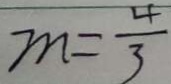
m = \frac { 4 } { 3 }